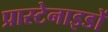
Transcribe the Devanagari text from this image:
प्रास्टेनाइडों